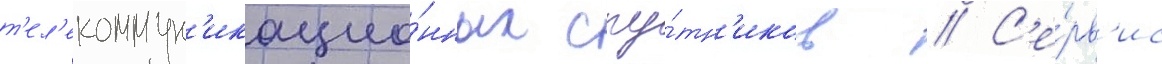
т'ел'екоммун'икацио́нных спу́тн'иков // С'е́рв'ис